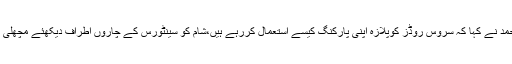
جسٹس گلزاراحمد نے کہا کہ سروس روڈز کوپلازہ اپنی پارکنگ کیسے استعمال کررہے ہیں،شام کو سینٹورس کے چاروں اطراف دیکھئے مچھلی بازار لگتا ہے۔